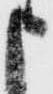
申